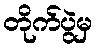
တိုက်ပွဲမှ